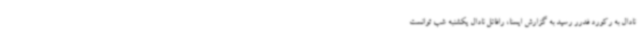
نادال به رکورد فدرر رسید به گزارش ایسنا، رافائل نادال یکشنبه شب توانست